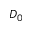
D _ { 0 }